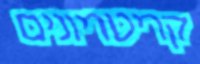
קריטריונים